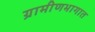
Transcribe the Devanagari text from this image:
ग्रामीणभागात